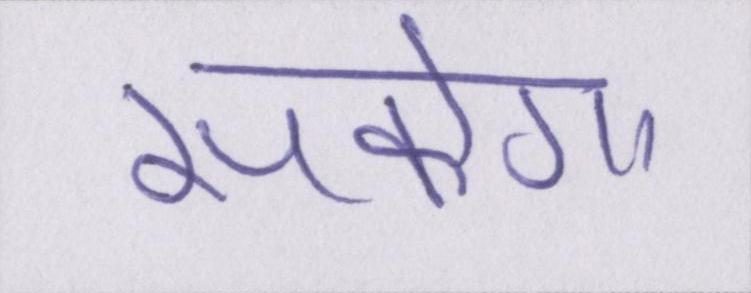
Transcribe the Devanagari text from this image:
सकेगा